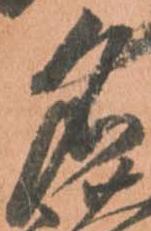
名